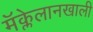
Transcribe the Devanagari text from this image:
मॅक्लेलानखाली